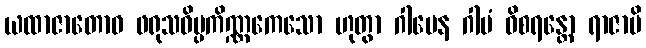
ယထာဇာတောဝ ဖရုသဝိပ္ပကိဏ္ဏကေသော ဟုတွာ ဂါမေန ဂါမံ ဝိစရန္တော ရာဇာပိ